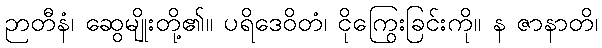
ဉာတီနံ၊ ဆွေမျိုးတို့၏။ ပရိဒေဝိတံ၊ ငိုကြွေးခြင်းကို။ န ဇာနာတိ၊